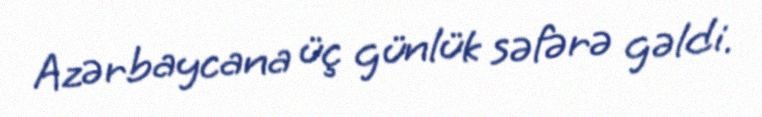
Azərbaycana üç günlük səfərə gəldi.